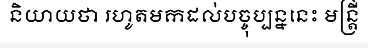
និយាយថា រហូតមកដល់បច្ចុប្បន្ននេះ មន្ត្រី